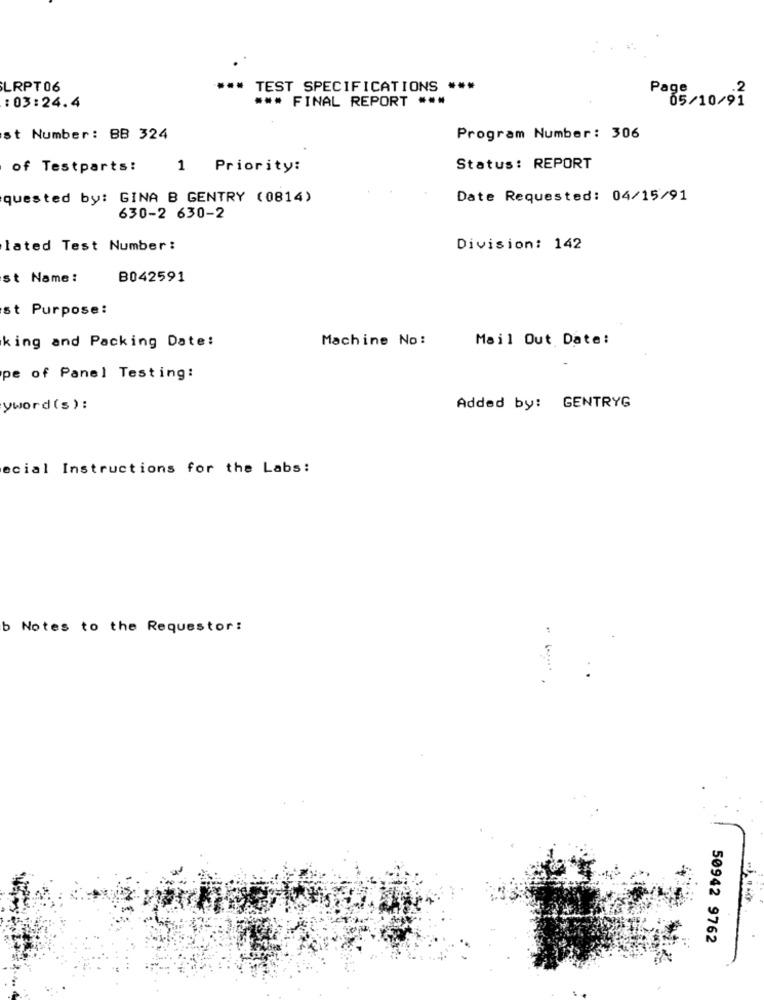
LRPT06
*** TEST SPECIFICATIONS ***
Page
*** FINAL REPORT ***
05/10/91
: 03:24.4
st Number: BB 324
Program Number: 306
of Testparts:
1 Priority:
Status: REPORT
quested by: GINA B GENTRY (0814)
Date Requested: 04/15/91
630-2 630-2
lated Test Number :
Division: 142
st Name:
B042591
st Purpose:
Machine No:
Mail Out Date:
king and Packing Date:
pe of Panel Testing:
yword (s):
Added by: GENTRYG
ecial Instructions for the Labs:
b Notes to the Requestor:
50942 9762